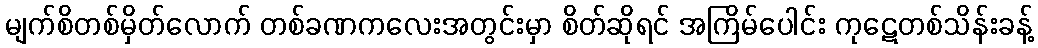
မျက်စိတစ်မှိတ်လောက် တစ်ခဏကလေးအတွင်းမှာ စိတ်ဆိုရင် အကြိမ်ပေါင်း ကုဋေတစ်သိန်းခန့်